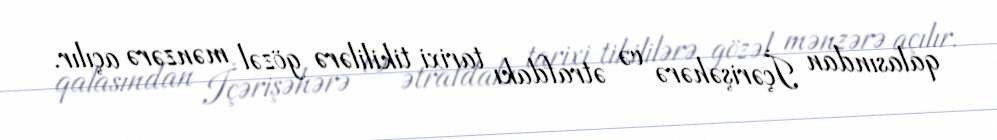
qalasından İçərişəhərə və ətrafdakı tarixi tikililərə gözəl mənzərə açılır.